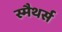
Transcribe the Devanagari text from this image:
स्मैथर्स